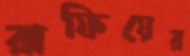
রাফিয়ের